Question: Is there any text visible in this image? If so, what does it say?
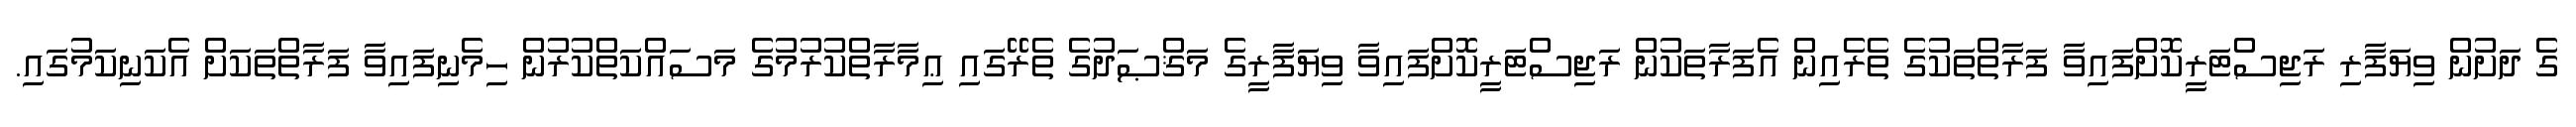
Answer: ގެ ދަށުން ވިޔަފާރި ރަޖިސްޓަރީކޮށްފައިވާ ފަރާތްތަކުގެ ތެރެއިން އެފަރާތަކުން ރަޖިސްޓަރީކޮށްފައިވާ ވިޔަފާރީގެ މަޤްޞަދުގެ ތެރޭގައި ޢިމާރާތްކުރުމުގެ މަސައްކަތްކުރުން ހިމެނިފައިވާ ފަރާތްތަކަށް އެކަނިކަމުގައި.